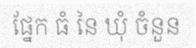
ផ្នែក ធំ នៃ ឃុំ ចំនួន